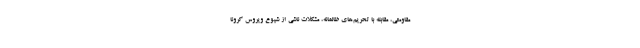
مقاومتی، مقابله با تحریم‌های ظالمانه، مشکلات ناشی از شیوع ویروس کرونا